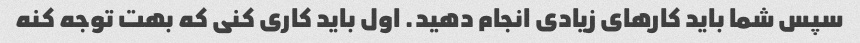
سپس شما باید کارهای زیادی انجام دهید. اول باید کاری کنی که بهت توجه کنه